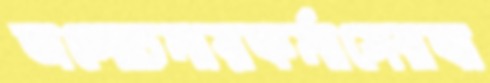
অলোচনায়কর্মাসেরবা